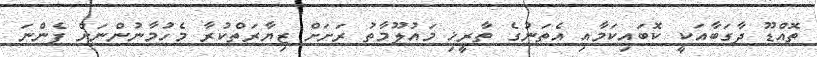
ތޮއްޑޫ ދާގަބާއަކީ ކޮބައިކަމާއި އެތަނުގެ ތާރީޚި މައުލޫމާތު ރަށަށް ޒިޔާރަތްކުރާ މެހުމާނުންނަށް ފެންނަ